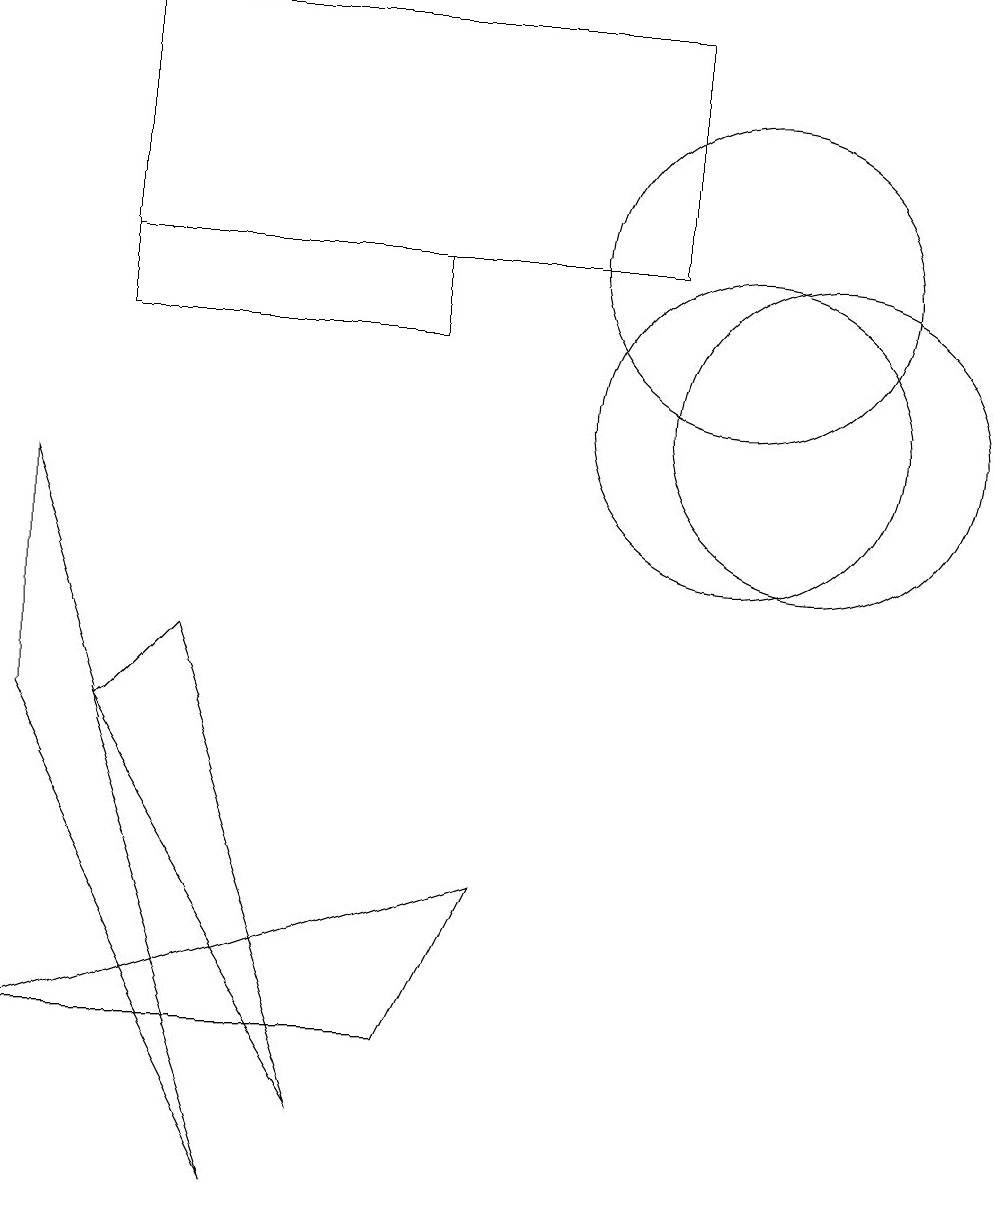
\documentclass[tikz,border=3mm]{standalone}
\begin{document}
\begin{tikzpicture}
\draw (10,12) circle (2);
\draw (1,6) -- (1,9) -- (4,0) -- cycle;
\draw (2,12) rectangle (9,15);
\draw (10,10) circle (2);
\draw (6,11) rectangle (2,12);
\draw (3,7) -- (2,6) -- (5,1) -- cycle;
\draw (11,10) circle (2);
\draw (7,4) -- (1,2) -- (6,2) -- cycle;
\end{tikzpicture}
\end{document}